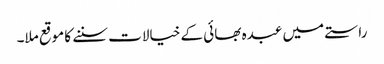
راستے میں عبدہ بھائی کے خیالات سننے کا موقع ملا۔